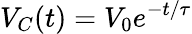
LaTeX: V_{C}(t)=V_{0}e^{-t/\tau}